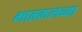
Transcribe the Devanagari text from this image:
भातकलच्या